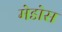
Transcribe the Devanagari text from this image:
मेडोस